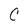
Character: C